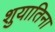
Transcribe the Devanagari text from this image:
शुयातिना